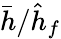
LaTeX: \bar{h}/\hat{h}_{f}